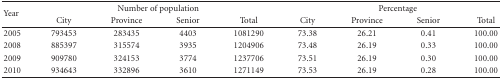
| <ROWSPAN=2> Year | <COLSPAN=4> Number of population | <COLSPAN=4> Percentage |
 | City | Province | Senior | Total | City | Province | Senior | Total |
 | --- | --- | --- | --- | --- | --- | --- | --- | --- |
 | 2005 | 793453 | 283435 | 4403 | 1081290 | 73.38 | 26.21 | 0.41 | 100.00 |
 | 2008 | 885397 | 315574 | 3935 | 1204906 | 73.48 | 26.19 | 0.33 | 100.00 |
 | 2009 | 909780 | 324153 | 3774 | 1237706 | 73.51 | 26.19 | 0.30 | 100.00 |
 | 2010 | 934643 | 332896 | 3610 | 1271149 | 73.53 | 26.19 | 0.28 | 100.00 |